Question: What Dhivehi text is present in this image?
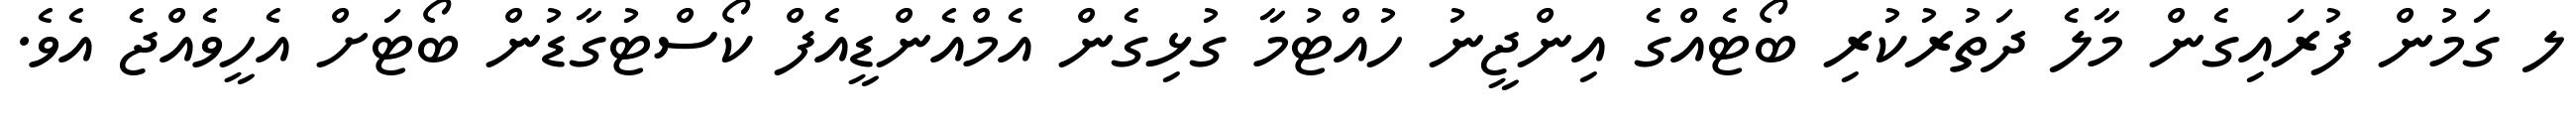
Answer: ލ ގަމުން ފުރައިގެން މާލެ ދަތުރުކުރި ބޯޓެއްގެ އިންޖީނު ހުއްޓުމާ ގުޅިގެން އެމްއެންޑީއެފް ކޯސްޓުގާޑުން ބޯޓަށް އެހީވެއްޖެ އެވެ.